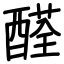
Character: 醛